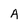
Character: A